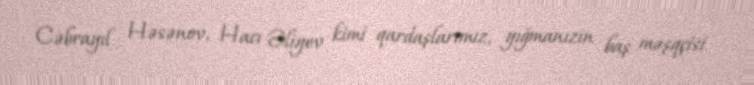
Cəbrayıl Həsənov, Hacı Əliyev kimi qardaşlarımız, yığmanızın baş məşqçisi